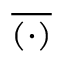
\overline { { ( \cdot ) } }